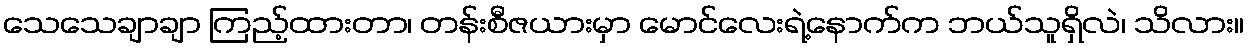
သေသေချာချာ ကြည့်ထားတာ၊ တန်းစီဇယားမှာ မောင်လေးရဲ့နောက်က ဘယ်သူရှိလဲ၊ သိလား။